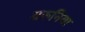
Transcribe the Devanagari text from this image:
वरुनिया